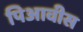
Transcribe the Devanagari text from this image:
पिआवीस